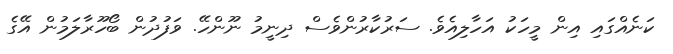
ކަނެއްގައި އިން މީހަކު އަހާލިއެވެ. ސަރުކާރުންވެސް ދިނީމު ނޫންހޭ. ވަފުދުން ބޯހޫރާލަމުން އޭގެ